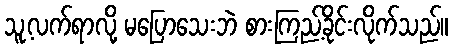
သူ့လက်ရာလို့ မပြောသေးဘဲ စားကြည့်ခိုင်းလိုက်သည်။